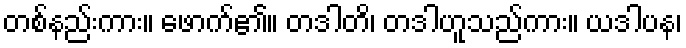
တစ်နည်းကား။ ဖောက်၏။ တဒါတိ၊ တဒါဟူသည်ကား။ ယဒါပန၊